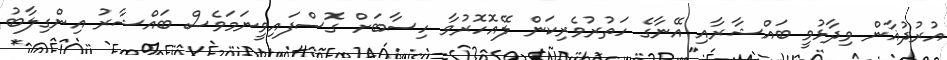
އުރުދުޣާން ވިދާޅުވީ ބައްޝާރާއި އޭނާގެ ހަތުރުވެރިކަން ލޭއޮހޮރުވާ ހިސާބަށް ގޮސްފައިވީނަމަވެސް ބައްޝާރު އިންގިލާބު